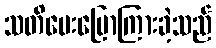
သတိပေးပြောကြားခဲ့သည်